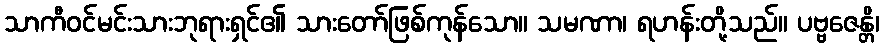
သာကီဝင်မင်းသားဘုရားရှင်၏ သားတော်ဖြစ်ကုန်သော။ သမဏာ၊ ရဟန်းတို့သည်။ ပဗ္ဗဇေန္တိ၊